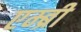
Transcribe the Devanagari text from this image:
एम्ब्री